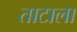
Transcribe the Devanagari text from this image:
ताटाला